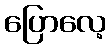
ပြောလေ့